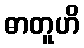
ဓာတူဟိ